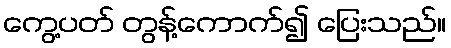
ကွေ့ပတ် တွန့်ကောက်၍ ပြေးသည်။